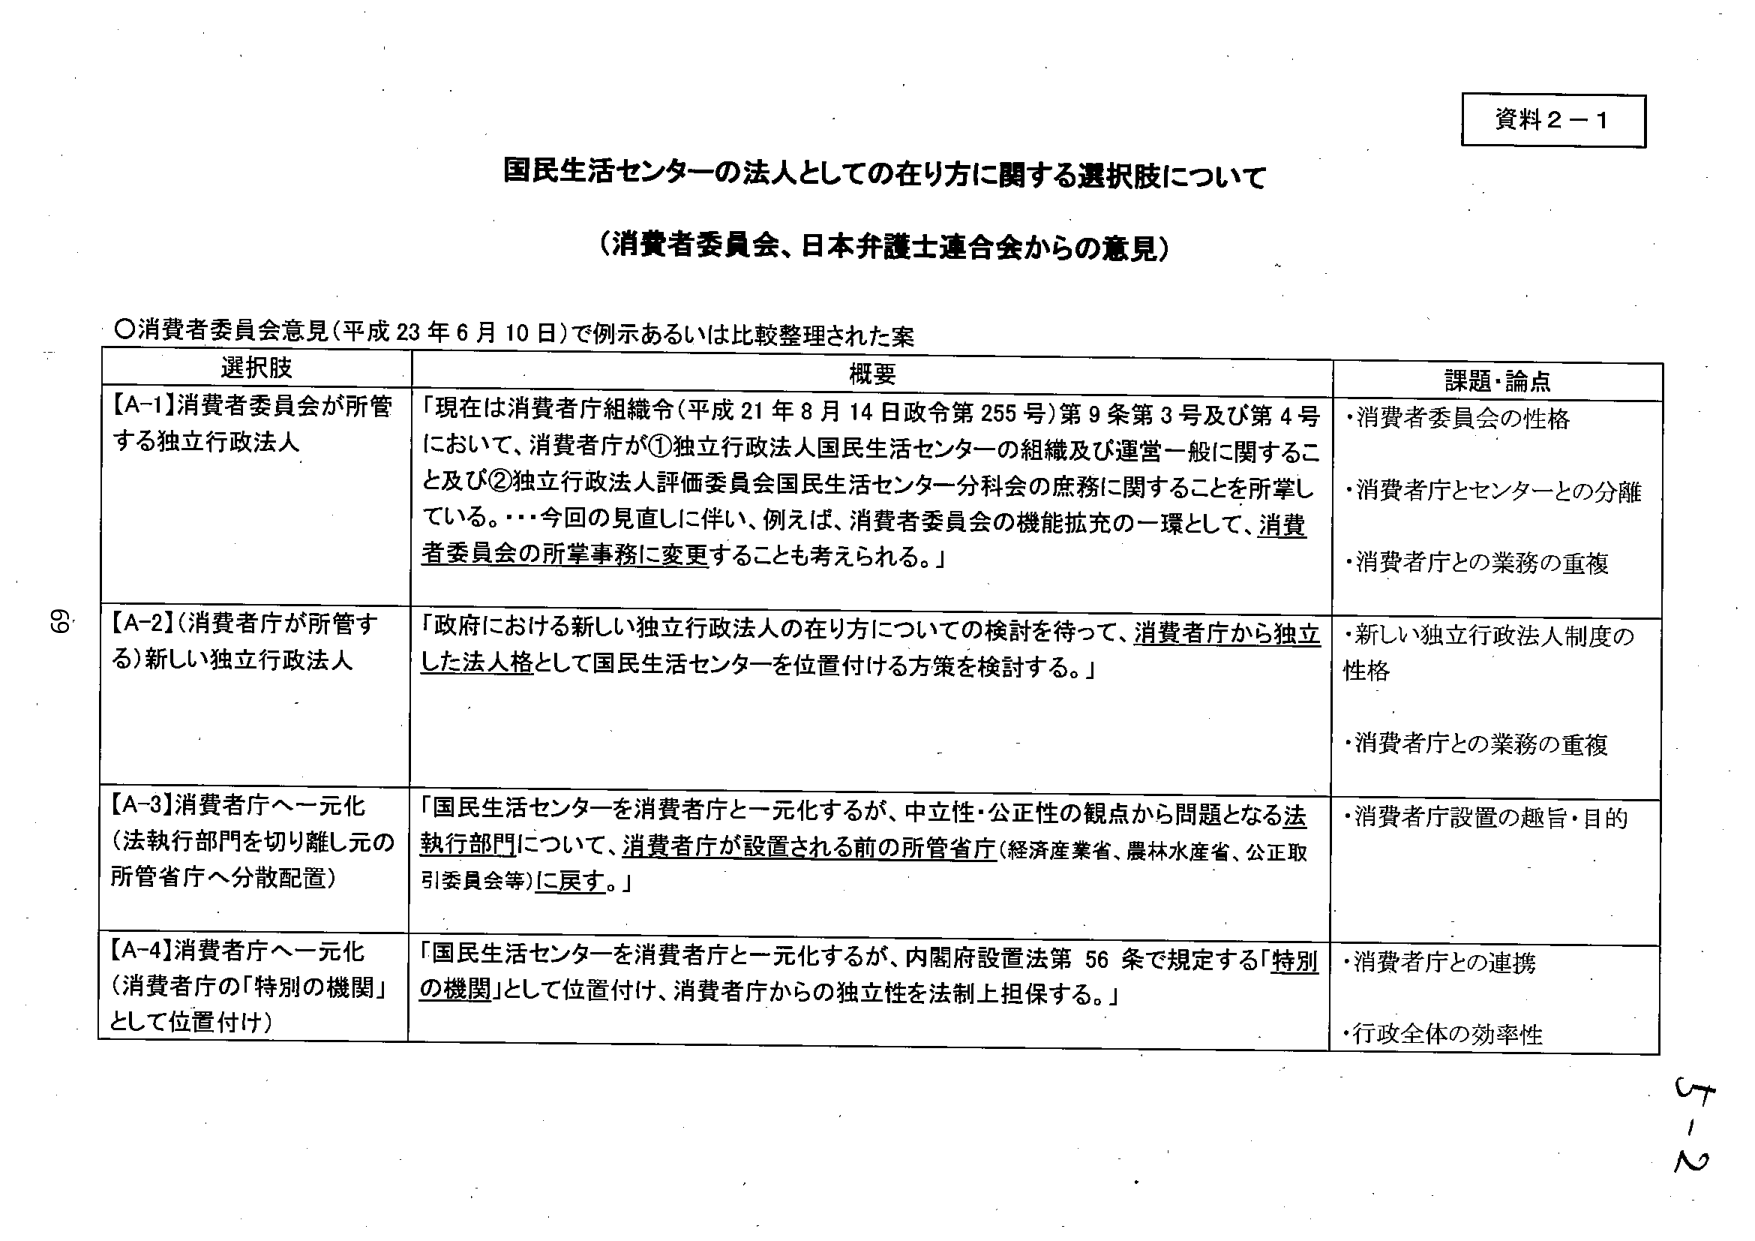
資料２－１

国民生活センターの法人としての在り方に関する選択肢について
（消費者委員会、日本弁護士連合会からの意見）

〇消費者委員会意見（平成23年6月10日）で例示あるいは比較整理された案

選択肢